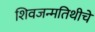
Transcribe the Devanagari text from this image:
शिवजन्मतिथीचे